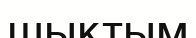
шықтым